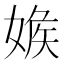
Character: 𡞥